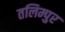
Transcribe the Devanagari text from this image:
तलिम्पुर